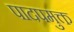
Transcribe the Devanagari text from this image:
पादपमुक्त